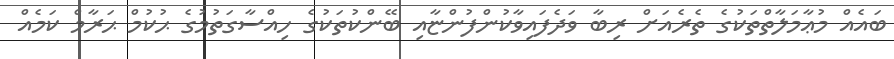
ބައެއް މުޢާމަލާތްތަކުގެ ތެރެއަށް ރިބާ ވަދެފައިވާކުންފުންޏާއި ބޭންކުތަކުގެ ހިއްސާގަތުމުގެ ޙުކުމް ޙަރާމް ކަމެއް